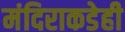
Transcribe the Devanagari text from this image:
मंदिराकडेही